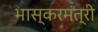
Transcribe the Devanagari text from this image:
भास्करमंत्री